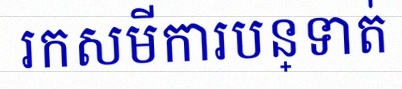
រកសមីការបន្ទាត់